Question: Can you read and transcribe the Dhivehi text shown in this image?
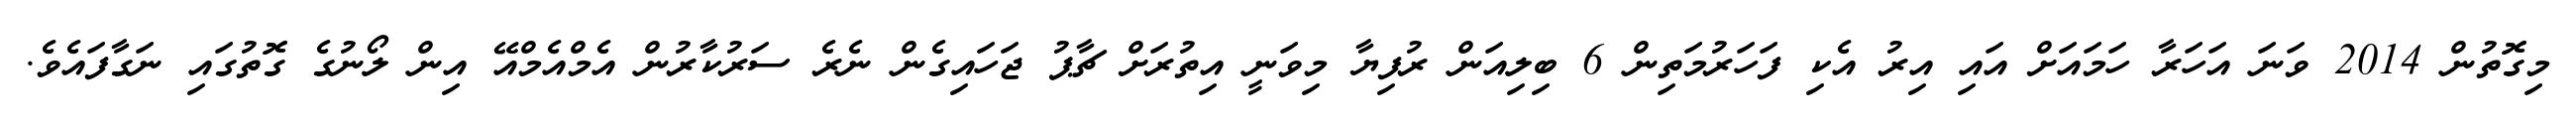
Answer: މިގޮތުން 2014 ވަނަ އަހަރާ ހަމައަށް އައި އިރު އެކި ފަހަރުމަތިން 6 ބިލިއަން ރުފިޔާ މިވަނީ އިތުރަށް ޗާޕު ޖަހައިގެން ނެރެ ސަރުކާރުން އެމްއެމްއޭ އިން ލޯނުގެ ގޮތުގައި ނަގާފައެވެ.